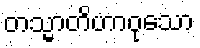
တသ္မာတိဟာဝုသော